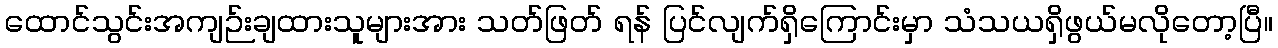
ထောင်သွင်းအကျဉ်းချထားသူများအား သတ်ဖြတ် ရန် ပြင်လျက်ရှိကြောင်းမှာ သံသယရှိဖွယ်မလိုတော့ပြီ။